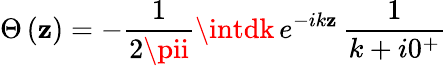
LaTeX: \Theta\left(\mathbf{z}\right)=-\frac{{1}}{{2\pii}}\intdk\, e^{-ik\mathbf{z}}\, \frac{{1}}{{k+i0^{+}}}